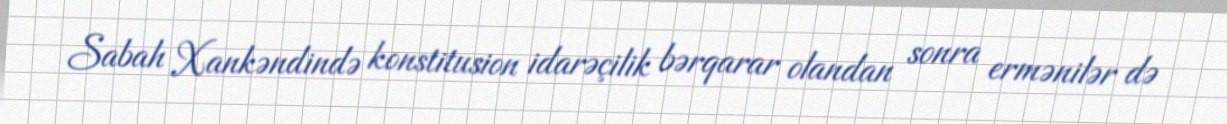
Sabah Xankəndində konstitusion idarəçilik bərqarar olandan sonra ermənilər də